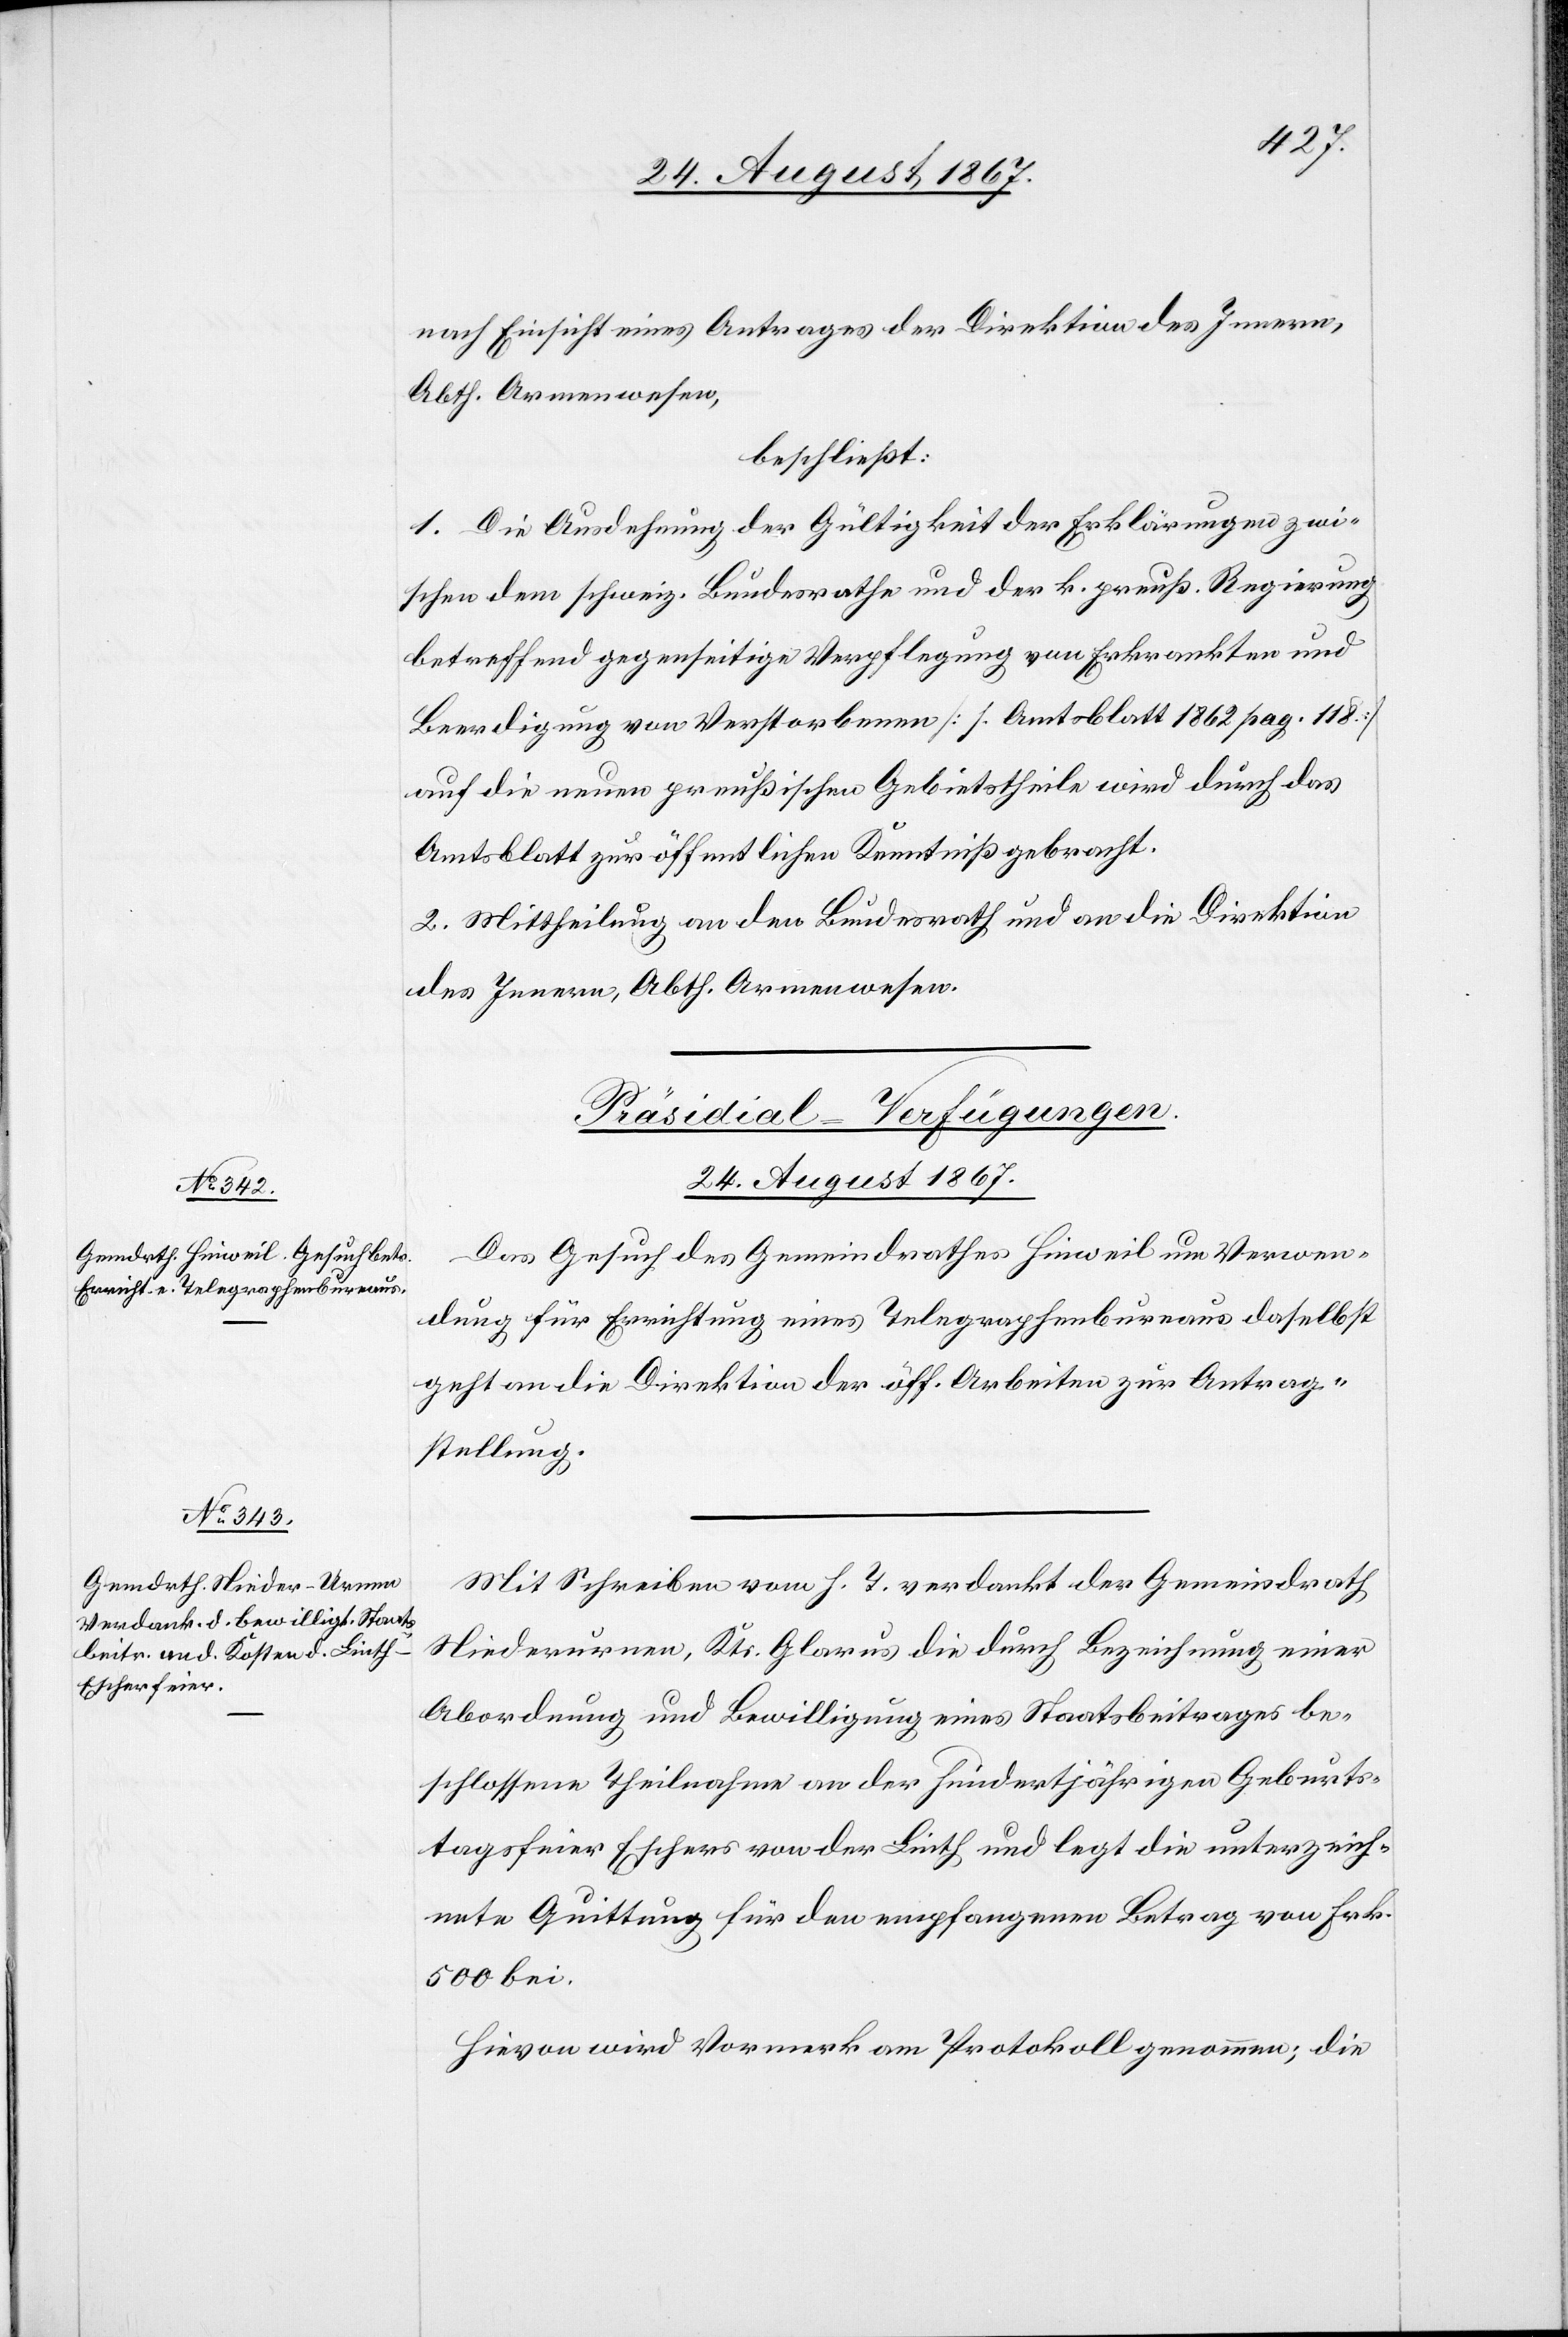
24. August 1867.]
nach Einsicht eines Antrages der Direktion des Innern,
Abth. Armenwesen,
beschließt:
1. Die Ausdehnung der Gültigkeit der Erklärungen zwi¬
schen den schweiz. Bundesrathe und der k. preuß Regierung
betreffend gegenseitige Verpflegung von Erkrankten und
Beerdigung von Verstorbenen [s. Amtsblatt 1862 pag. 118]
auf die neuen preußischen Gebietstheile wird durch das
Amtsblatt zur öffentlichen Kenntniß gebracht.
2. Mittheilung an den Bundesrath und an die Direktion
des Innern, Abth. Armenwesen.
[Präsidial-Verfügungen.
Das Gesuch des Gemeindrathes Hinweil um Verwen¬
dung für Errichtung eines Telegraphenbureaus daselbst
geht an die Direktion der öff. Arbeiten zur Antrag¬
stellung.
Mit Schreiben vom h. T. verdankt der Gemeindrath
Niederurnen, Kts. Glarus die durch Bezeichnung einer
Abordnung und Bewilligung eines Staatsbeitrages be¬
schlossene Theilnahme an der hundertjährigen Geburts¬
tagsfeier Eschers von der Linth und legt die unterzeich¬
nete Quittung für den empfangenen Betrag von Frk.
500 bei.
Hievon wird Vormerk am Protokoll genommen; die